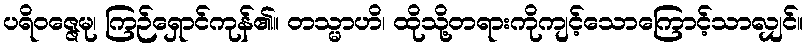
ပရိဝဇ္ဇေမု၊ ကြဉ်ရှောင်ကုန်၏။ တသ္မာဟိ၊ ထိုသို့တရားကိုကျင့်သောကြောင့်သာလျှင်။